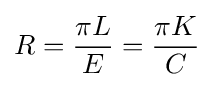
R={\frac {\pi L}{E}}={\frac {\pi K}{C}}